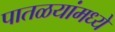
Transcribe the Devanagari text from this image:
पातळयांमध्ये